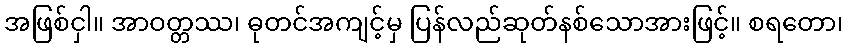
အဖြစ်ငှါ။ အာဝတ္တဿ၊ ဓုတင်အကျင့်မှ ပြန်လည်ဆုတ်နစ်သောအားဖြင့်။ စရတော၊